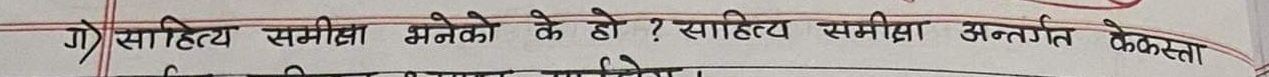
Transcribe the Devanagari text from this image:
१) साहित्य समीक्षा भनेको के हो ? साहित्य समीक्षा अन्तर्गत केकता